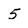
Character: 5